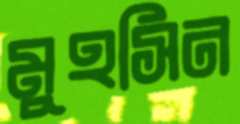
মুহসিন